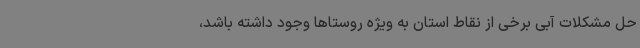
حل مشکلات آبی برخی از نقاط استان به ویژه روستاها وجود داشته باشد،